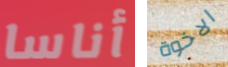
أناسا الاخوة